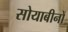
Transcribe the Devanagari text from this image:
सोयाबीनों